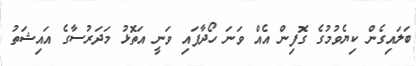
ބަލައިގެން ކިޔެވުމުގެ ގޮފިން އެއް ވަނަ ހޯދާފައި ވަނީ އަތޮޅު މަދަރުސާގެ އައިޝަތު